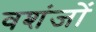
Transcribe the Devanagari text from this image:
वशंजों